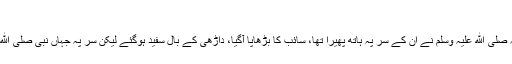
”
– السائب بن يزيدؓ کا کیا احساس ہوگا جب رسول اللہ صلی الله علیہ وسلم نے اُن کے سر پہ ہاتھ پھیرا تھا، سائب کا بڑھاپا آگیا، داڑھی کے بال سفید ہوگئے لیکن سر پہ جہاں نبی صلی الله علیہ وسلم کا ہاتھ پِھرا تھا وہاں سے بال سیاە رہے۔